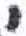
אות: י